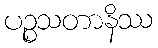
ပဉ္စသတာနိဿ